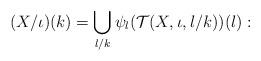
LaTeX: \begin{align*} (X/\iota)(k) = \bigcup_{l/k} \psi_{l}( \mathcal{T}(X,\iota,l/k))(l): \end{align*}